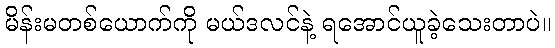
မိန်းမတစ်ယောက်ကို မယ်ဒလင်နဲ့ ရအောင်ယူခဲ့သေးတာပဲ။